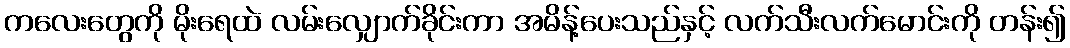
ကလေးတွေကို မိုးရေထဲ လမ်းလျှောက်ခိုင်းကာ အမိန့်ပေးသည်နှင့် လက်သီးလက်မောင်းကို တန်း၍